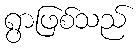
ရွာဖြစ်သည်